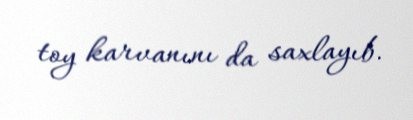
toy karvanını da saxlayıb.